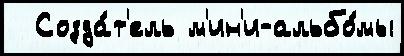
  Созда́т'ель м'ин'и-альбо́мы